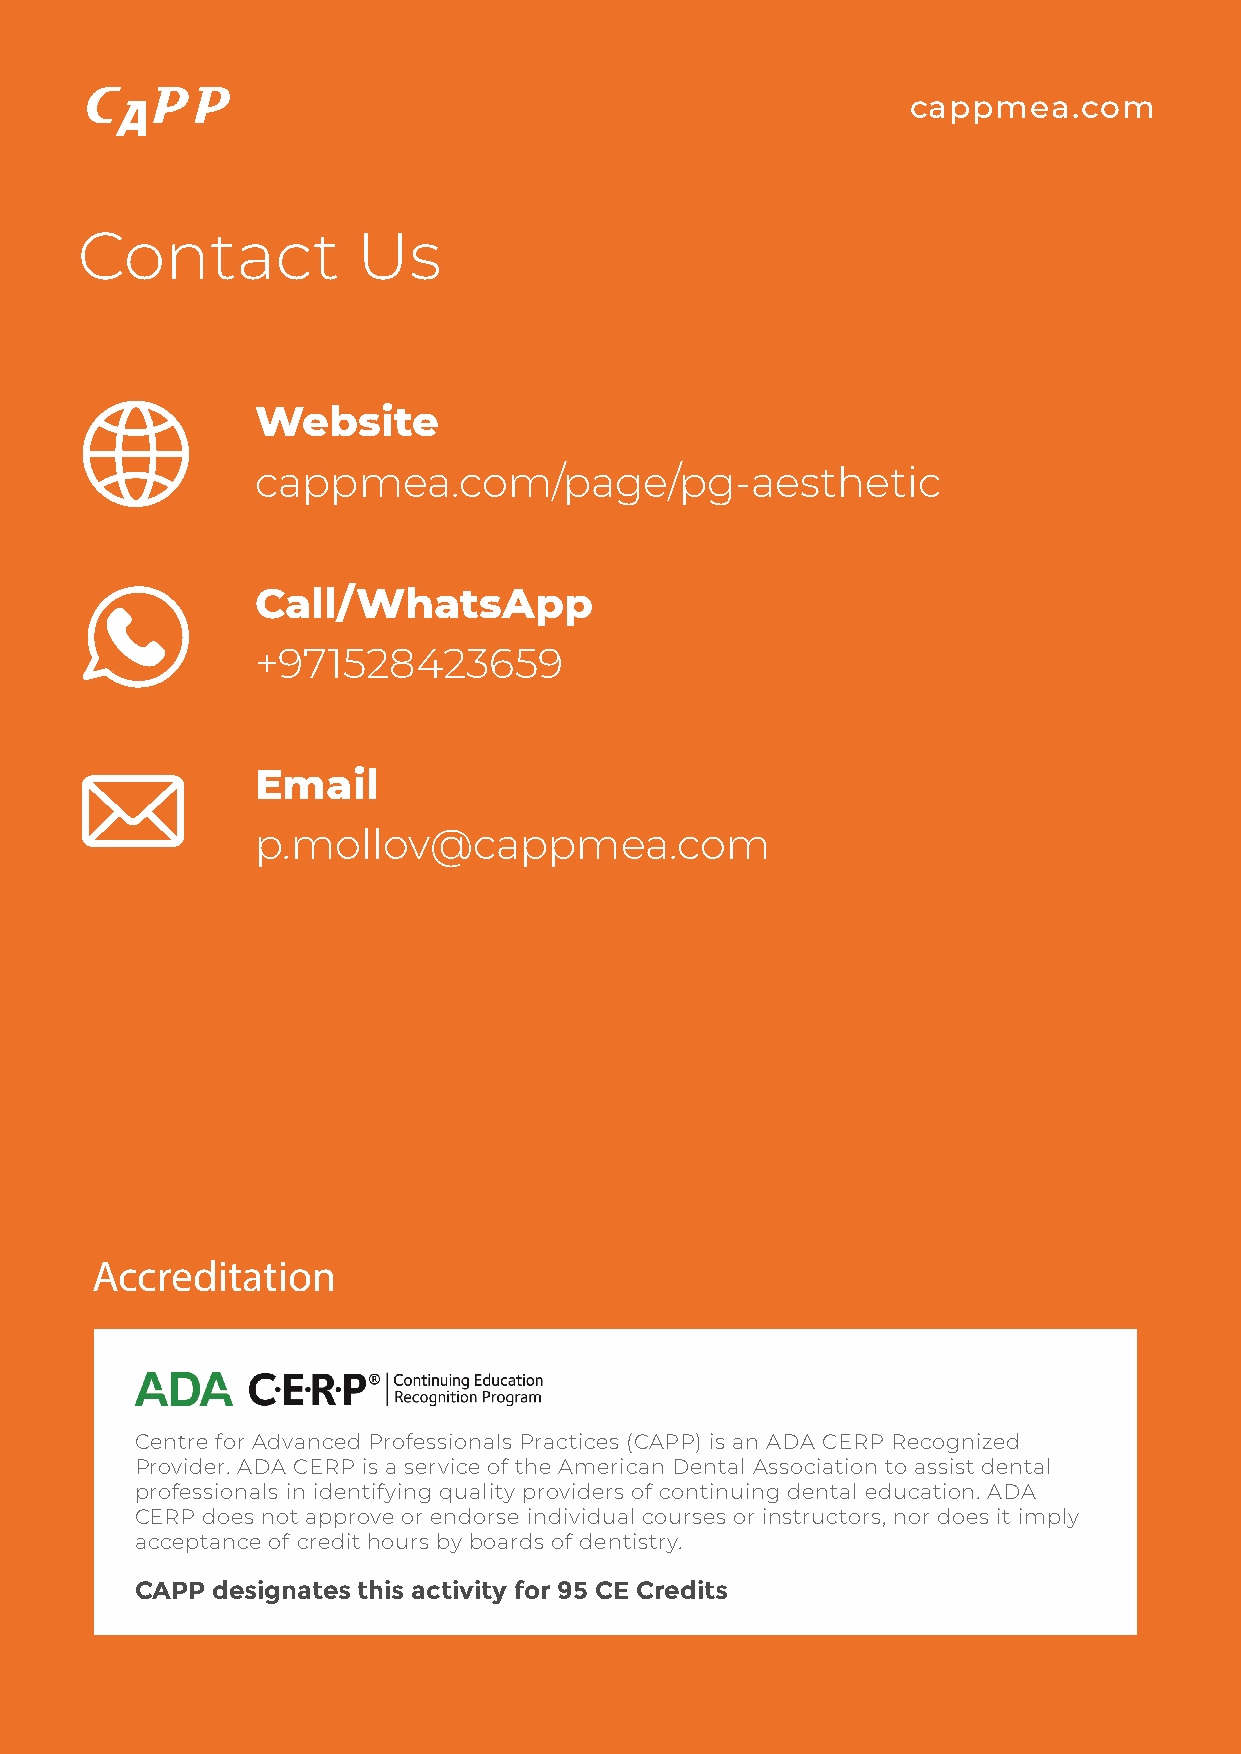
cappmea.com
 Contact            Us
 Website
 cappmea.com/page/pg-aesthetic
 Call/WhatsApp
 +971528423659
 Email
 p.mollov@cappmea.com
 Accreditation
 CCeennttrree ffoorr AAddvvaanncceedd PPrrooffeessssiioonnaallss PPrraaccttiicceess ((CCAAPPPP)) iiss aann AADDAA CCEERRPP RReeccooggnniizzeedd
 Provider. ADA CERP is a service of the American Dental Association to assist dental
 professionals in identifying quality providers of continuing dental education. ADA
 CERP does not approve or endorse individual courses or instructors, nor does it imply
 acceptance of credit hours by boards of dentistry.
 CAPP designates this activity for 95 CE Credits